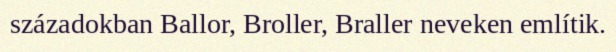
századokban Ballor, Broller, Braller neveken említik.